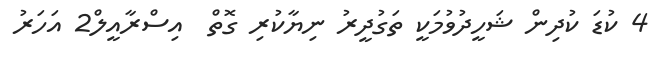
4 ކުޑަ ކުދިން ޝަހީދުވުމަކީ ތަގުދީރު ނިޔާކުރި ގޮތް  އިސްރާއީލް2 އަހަރު